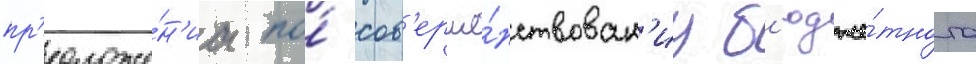
пр'едложе́н'иа по́ сов'ерше́нствован'иу б'юдже́тного